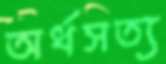
অর্ধসত্য